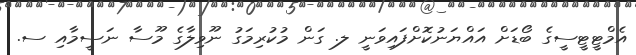
އެމްޓީޓީސީގެ ބޯޑަށް އައްޔަނުކޮށްފައިވަނީ ލ. ގަން މުކުރިމަގު ނޫވިލާގެ މޫސާ ނަސީމާއި ސ.